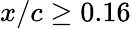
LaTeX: x/c\geq 0.16